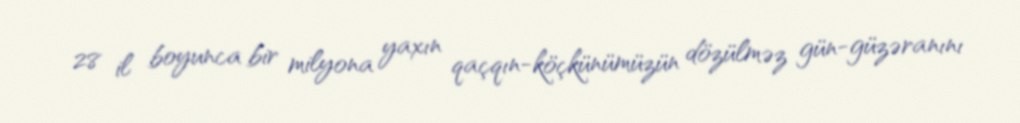
28 il boyunca bir milyona yaxın qaçqın-köçkünümüzün dözülməz gün-güzəranını